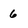
Character: 6